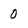
Character: 0